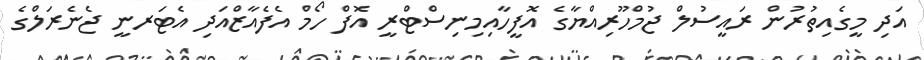
އަދި މީގެއިތުރުން ރައީސުލް ޖުމްހޫރިއްޔާގެ އޮފީހާއިމިނިސްޓްރީ އޮފް ހޯމް އެފެއާޒްއަދި އެޓަރނީ ޖެނެރަލްގެ